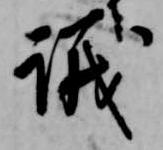
議